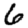
Digit: 6